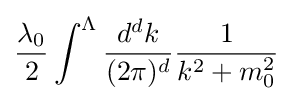
{\frac {\lambda _{0}}{2}}\int ^{\Lambda }{\frac {d^{d}k}{(2\pi )^{d}}}{\frac {1}{k^{2}+m_{0}^{2}}}